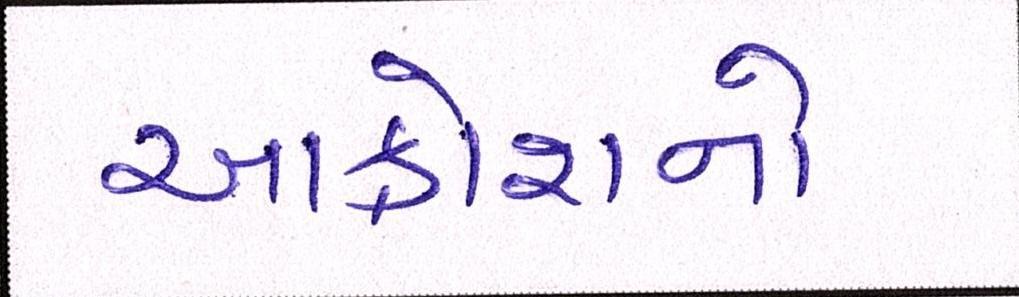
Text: આક્રોશનો